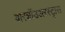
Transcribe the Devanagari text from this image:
वारशॉउअरस्ट्रास